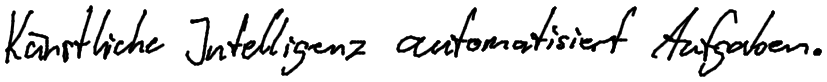
Künstliche Intelligenz automatisiert Aufgaben.